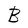
Character: B